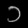
Digit: ၁